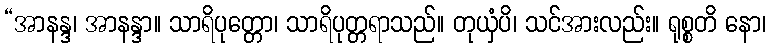
“အာနန္ဒ၊ အာနန္ဒာ။ သာရိပုတ္တော၊ သာရိပုတ္တရာသည်။ တုယှံပိ၊ သင်အားလည်း။ ရုစ္စတိ နော၊